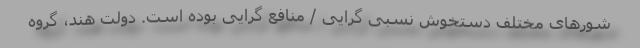
شورهای مختلف دستخوش نسبی گرایی / منافع گرایی بوده است. دولت هند، گروه